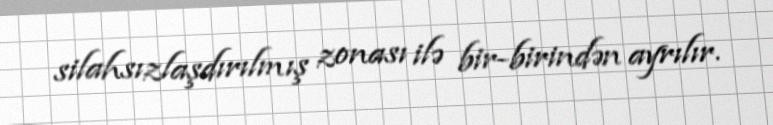
silahsızlaşdırılmış zonası ilə bir-birindən ayrılır.